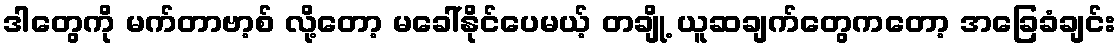
ဒါတွေကို မက်တာဗာ့စ် လို့တော့ မခေါ်နိုင်ပေမယ့် တချို့ ယူဆချက်တွေကတော့ အခြေခံချင်း